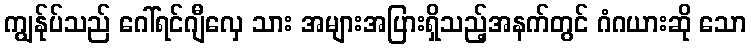
ကျွန်ုပ်သည် ဂေါ်ရင်ဂျီလှေ သား အများအပြားရှိသည့်အနက်တွင် ဂံဂယားဆို သော